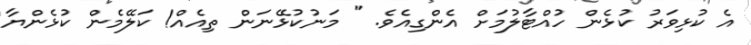
އެ ކުޅިވަރު ކުޅެން ހުއްޓާލުމަށް އެންގިއެވެ. " މަނުކުޅޭނަން ތިއެއް! ކަލޭމެން ކުޅެންޔާ